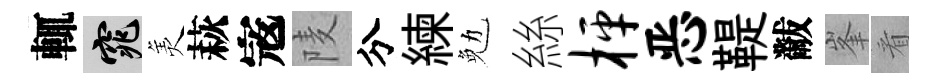
輒窕羙萩𡨥𨹧分練勉絲枰恶鞮黻峯㸔